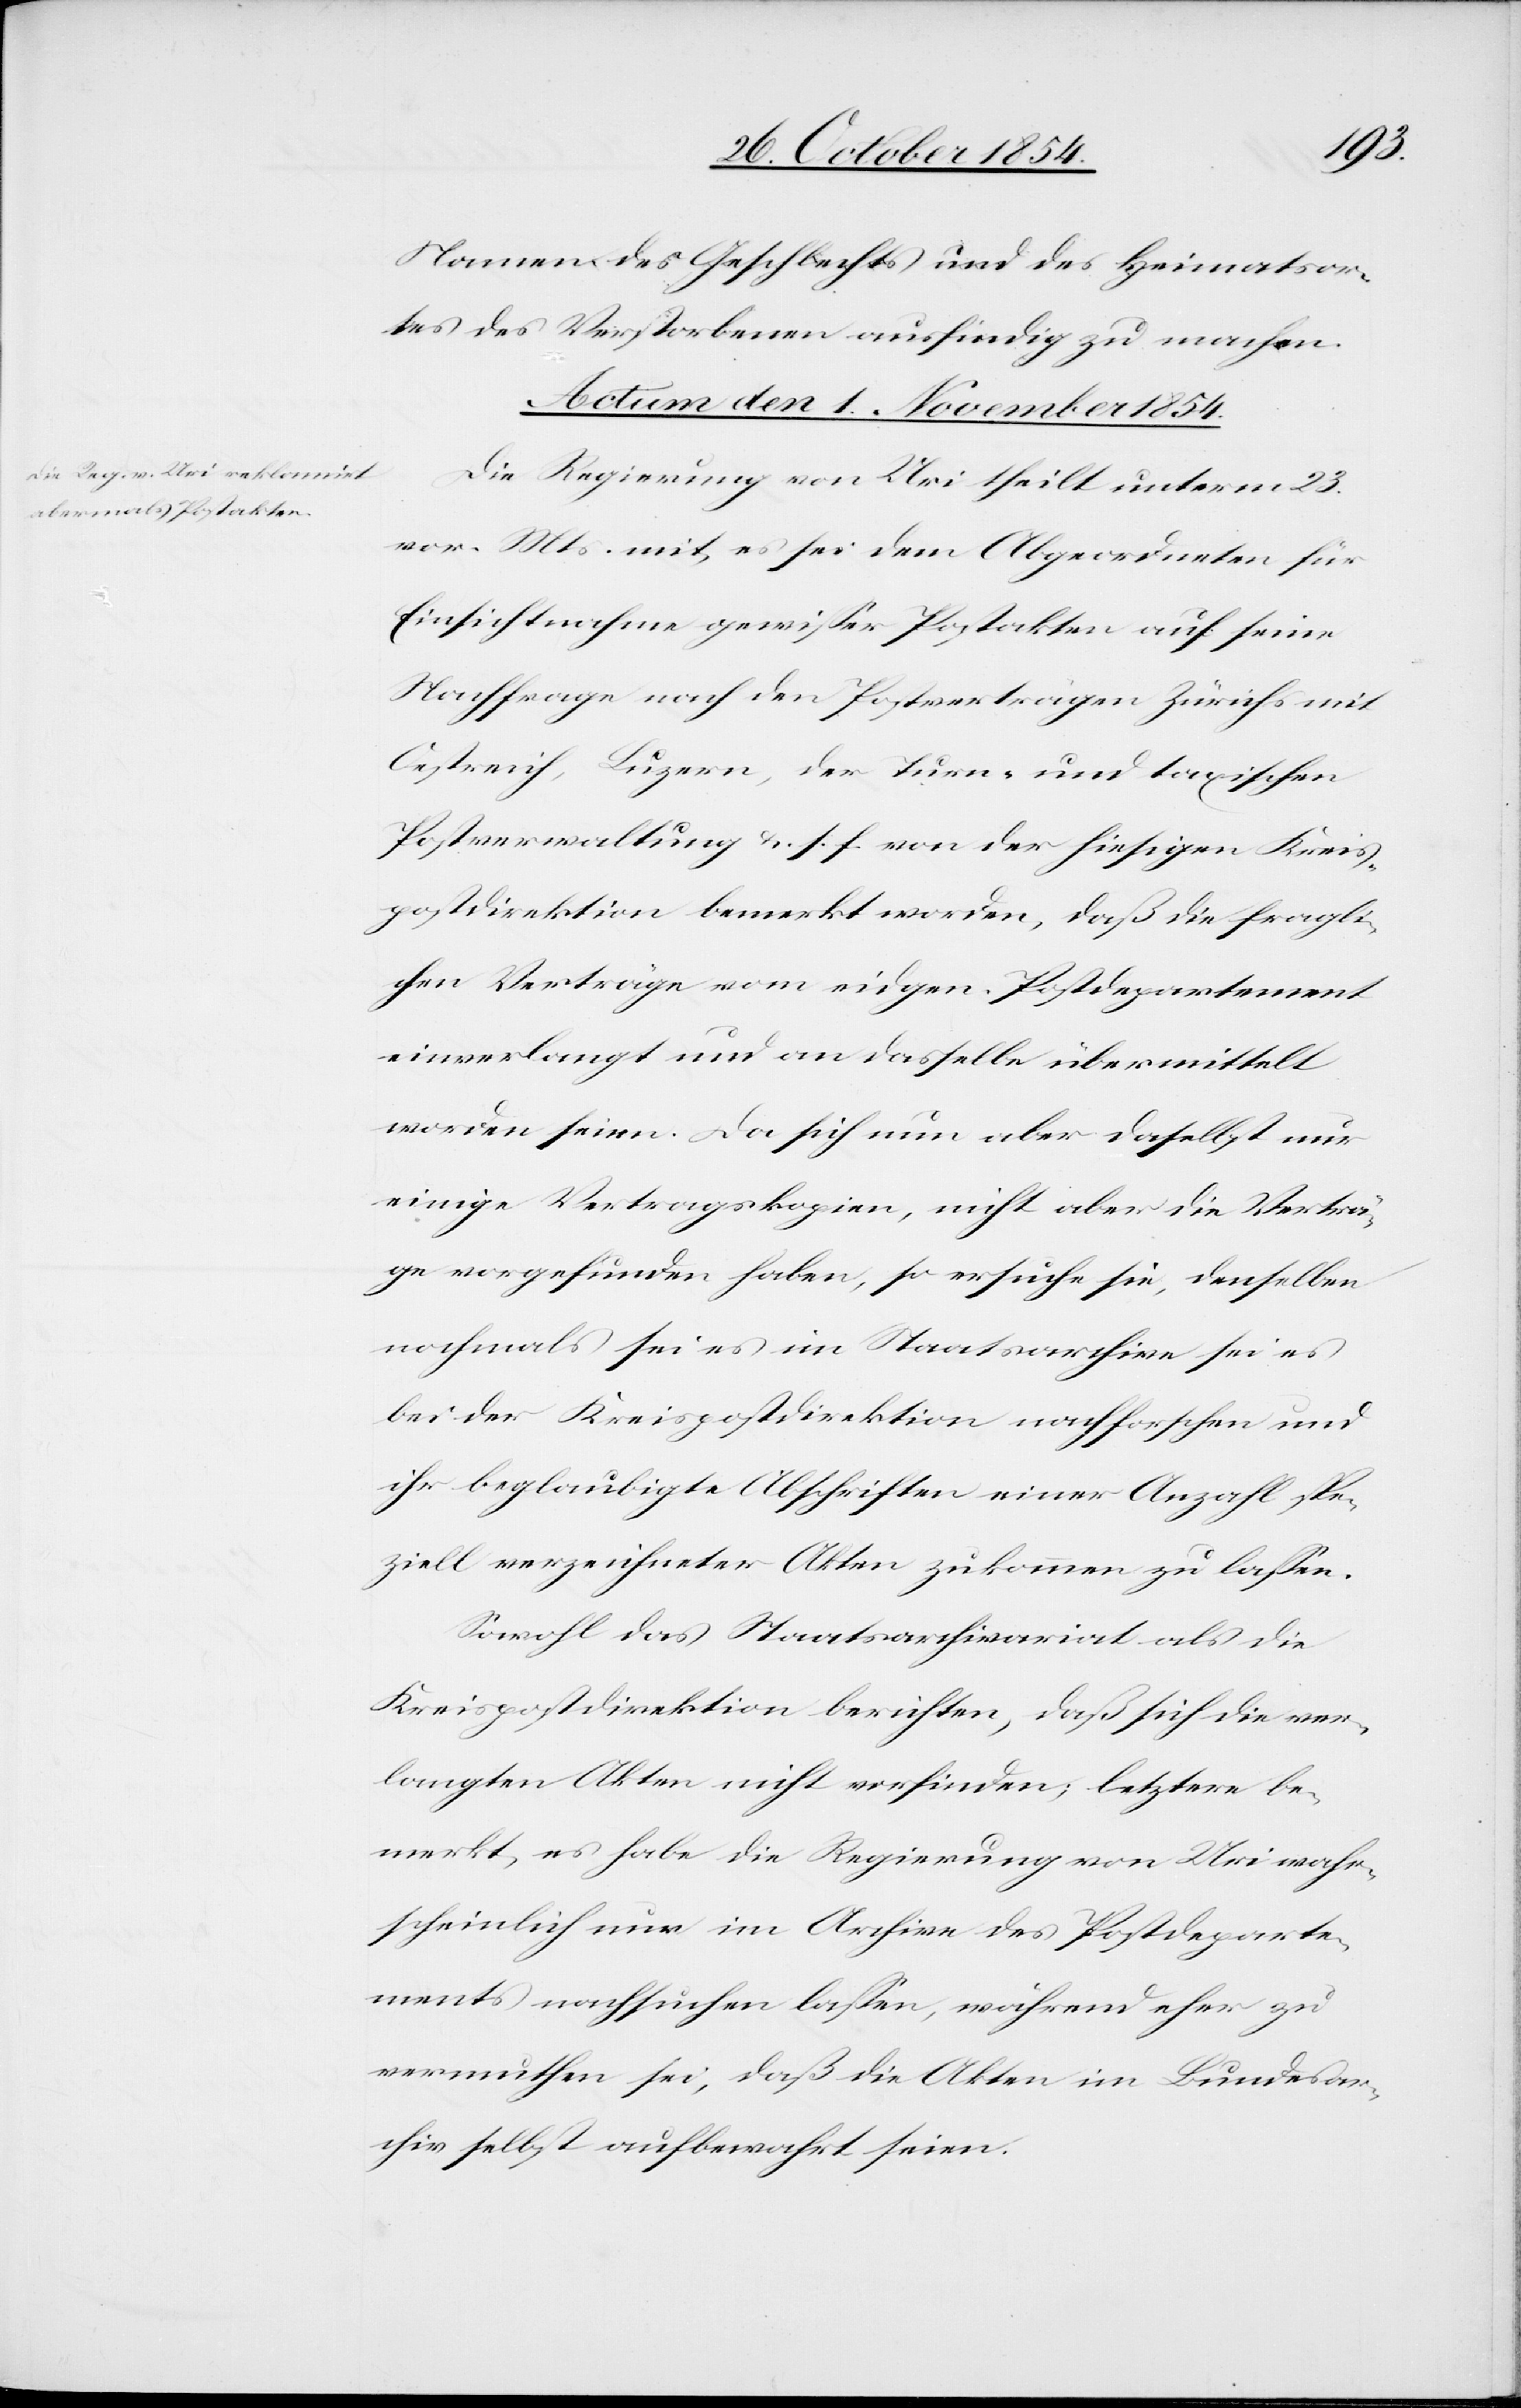
Namen des Geschlechts und des Heimatsor¬
tes des Verstorbenen ausfindig zu machen.
Actum den 1. November 1854.
Die Regierung von Uri theilt unterm 23.
vor. Mts. mit, es sei dem Abgeordneten für
Einsichtnahme gewißer Postakten auf seine
Nachfrage nach den Postverträgen Zürichs mit
Oestreich, Luzern, der Turn- und taxischen
Postverwaltung u. s. f. von der hiesigen Kreis¬
postdirektion bemerkt worden, daß die fragli¬
chen Verträge vom eidgen. Postdepartement
einverlangt und an dasselbe übermittelt
worden seien. Da sich nun aber daselbst nur
einige Vertragskopien, nicht aber die Verträ¬
ge vorgefunden habe, so ersuche sie, denselben
nochmals sei es im Staatsarchive sei es
bei der Kreispostdirektion nachforschen und
ihr beglaubigte Abschriften einer Anzahl spe¬
ziell verzeichneter Akten zukommen zu laßen.
Sowohl das Staatsarchivariat als die
Kreispostdirektion berichten, daß sich die ver¬
langten Akten nicht vorfinden; letzter be¬
merke, es habe die Regierung von Uri wahr¬
scheinlich nur im Archive des Postdeparte¬
ments nachsuchen laßen, während eher zu
vermuthen sei, daß die Akten im Bundesar¬
chiv selbst aufbewahrt seien.